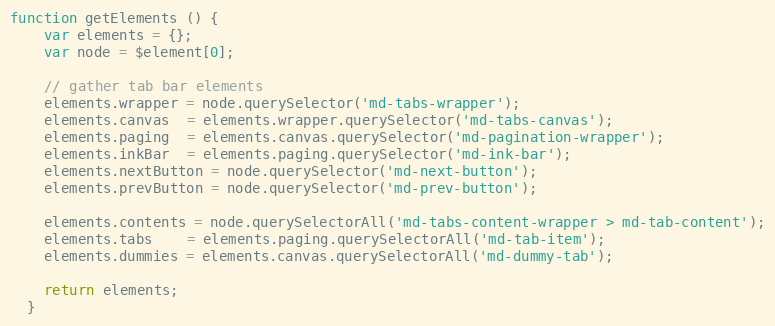
Language: JavaScript
function getElements () {
    var elements = {};
    var node = $element[0];

    // gather tab bar elements
    elements.wrapper = node.querySelector('md-tabs-wrapper');
    elements.canvas  = elements.wrapper.querySelector('md-tabs-canvas');
    elements.paging  = elements.canvas.querySelector('md-pagination-wrapper');
    elements.inkBar  = elements.paging.querySelector('md-ink-bar');
    elements.nextButton = node.querySelector('md-next-button');
    elements.prevButton = node.querySelector('md-prev-button');

    elements.contents = node.querySelectorAll('md-tabs-content-wrapper > md-tab-content');
    elements.tabs    = elements.paging.querySelectorAll('md-tab-item');
    elements.dummies = elements.canvas.querySelectorAll('md-dummy-tab');

    return elements;
  }